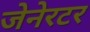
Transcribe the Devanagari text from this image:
जेनेरटर